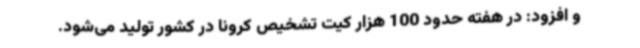
و افزود: در هفته حدود 100 هزار کیت تشخیص کرونا در کشور تولید می‌شود.